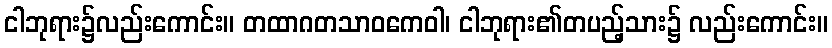
ငါဘုရား၌လည်းကောင်း။ တထာဂတသာဝကေဝါ၊ ငါဘုရား၏တပည့်သား၌ လည်းကောင်း။